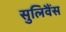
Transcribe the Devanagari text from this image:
सुलिवैंस